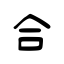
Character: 合